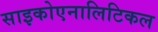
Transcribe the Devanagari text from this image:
साइकोएनालिटिकल